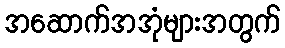
အဆောက်အအုံများအတွက်